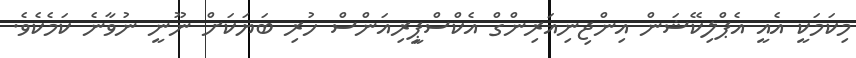
މިކަމަކީ އެއީ އެޕްލިކޭޝަން އިންޖިނިއަރިންގް އެކްސްޕީިރިއަންސް ހުރި ބަޔަކަށް ނޫނީ ނުވާނެ ކަމެކެވެ.